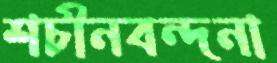
শচীনবন্দনা